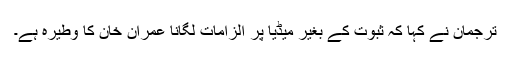
ترجمان نے کہا کہ ثبوت کے بغیر میڈیا پر الزامات لگانا عمران خان کا وطیرہ ہے۔